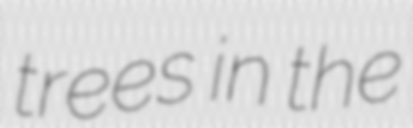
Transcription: trees in the